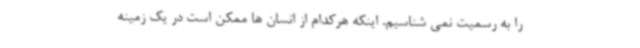
را به رسمیت نمی شناسیم. اینکه هرکدام از انسان ها ممکن است در یک زمینه